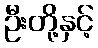
ဦးတို့နှင့်